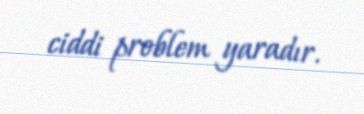
ciddi problem yaradır.